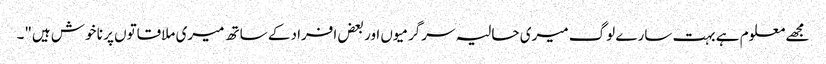
مجھے معلوم ہے بہت سارے لوگ میری حالیہ سرگرمیوں اور بعض افراد کے ساتھ میری ملاقاتوں پر نا خوش ہیں"۔